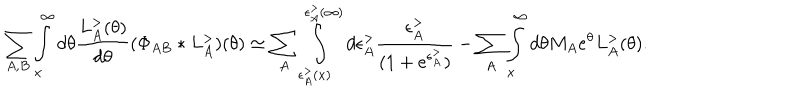
\sum _ { A , B } \int _ { x } ^ { \infty } d \theta \frac { L _ { A } ^ { > } ( \theta ) } { d \theta } ( \Phi _ { A B } * L _ { A } ^ { > } ) ( \theta ) \simeq \sum _ { A } \int _ { \epsilon _ { A } ^ { > } ( x ) } ^ { \epsilon _ { A } ^ { > } ( \infty ) } d \epsilon _ { A } ^ { > } \frac { \epsilon _ { A } ^ { > } } { ( 1 + e ^ { \epsilon _ { A } ^ { > } } ) } - \sum _ { A } \int _ { x } ^ { \infty } d \theta M _ { A } e ^ { \theta } L _ { A } ^ { > } ( \theta ) .